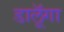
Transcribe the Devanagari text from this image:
डालूॅगा